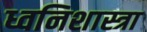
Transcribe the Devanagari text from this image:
ध्वनिशास्त्रा